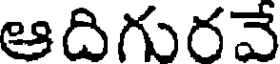
ఆదిగురవే